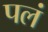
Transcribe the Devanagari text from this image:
पलं